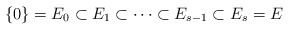
\begin{align*}\{0\}=E_0\subset E_1\subset\cdots \subset E_{s-1}\subset E_s=E\end{align*}